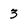
Character: 3